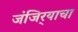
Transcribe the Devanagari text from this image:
जंजिर्‍याचा